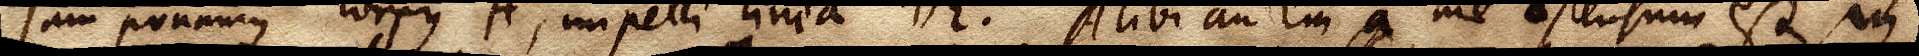
Jam ponamus corpus A, impelli linea DE. Alibi autem a me ostensum est, in